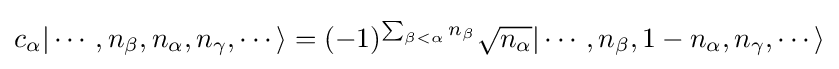
c_{\alpha }|\cdots ,n_{\beta },n_{\alpha },n_{\gamma },\cdots \rangle =(-1)^{\sum _{\beta <\alpha }n_{\beta }}{\sqrt {n_{\alpha }}}|\cdots ,n_{\beta },1-n_{\alpha },n_{\gamma },\cdots \rangle